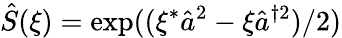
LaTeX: \hat{S}(\xi)=\exp((\xi^{*}\hat{a}^{2}-\xi\hat{a}^{\dagger 2})/2)